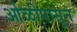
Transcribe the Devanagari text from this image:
ओळीपासून